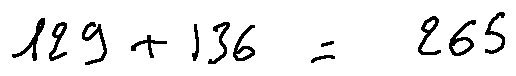
1 2 9 + 1 3 6 = 2 6 5